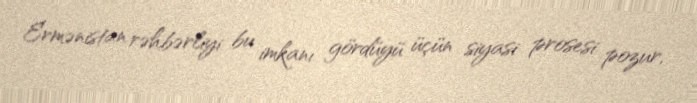
Ermənistan rəhbərliyi bu imkanı gördüyü üçün siyasi prosesi pozur,